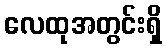
လေထုအတွင်းရှိ